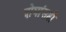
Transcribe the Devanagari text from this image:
दोघांसही